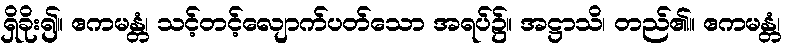
ရှိခိုး၍။ ဧကမန္တံ၊ သင့်တင့်လျောက်ပတ်သော အရပ်၌။ အဋ္ဌာသိ၊ တည်၏။ ဧကမန္တံ၊